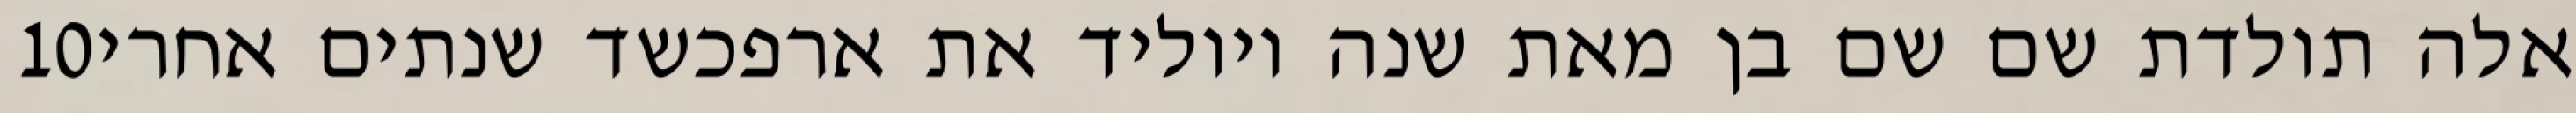
‎10‏ אלה תולדת שם שם בן מאת שנה ויוליד את ארפכשד שנתים אחרי